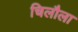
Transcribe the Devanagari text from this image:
चिलौला